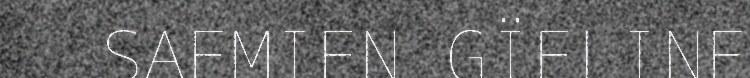
SAEMIEN GÏELINE